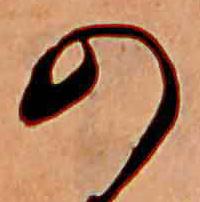
の